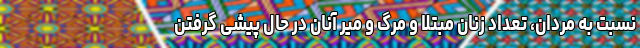
نسبت به مردان، تعداد زنان مبتلا و مرگ و میر آنان در حال پیشی گرفتن